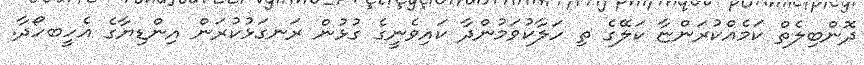
ދޮންބިލެތް ކަމެއްކުރަންޏާ ކަލޭގެ ތި ހަލާކުވަމުންދާ ކައިވެނީގެ ގުޅުން ރަނގަޅުކުރަން އިންޑިޔާގެ އެހީބހޯދާ.